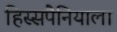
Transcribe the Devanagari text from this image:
हिस्सपैनियाला